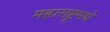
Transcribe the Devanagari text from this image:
महाराष्ट्र्मधे